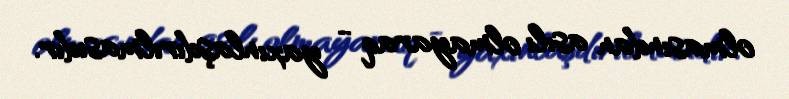
olmasından asılı olmayaraq - yaxınlaşdırılmasıdır.